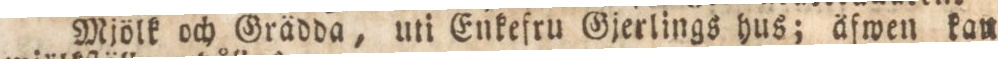
Mjölk och Grädda, uti Enkefru Gjerlings hus; äfwen kan